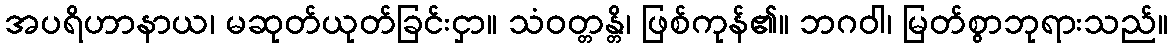
အပရိဟာနာယ၊ မဆုတ်ယုတ်ခြင်းငှာ။ သံဝတ္တန္တိ၊ ဖြစ်ကုန်၏။ ဘဂဝါ၊ မြတ်စွာဘုရားသည်။